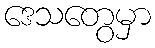
ဒေသတွေမှာ